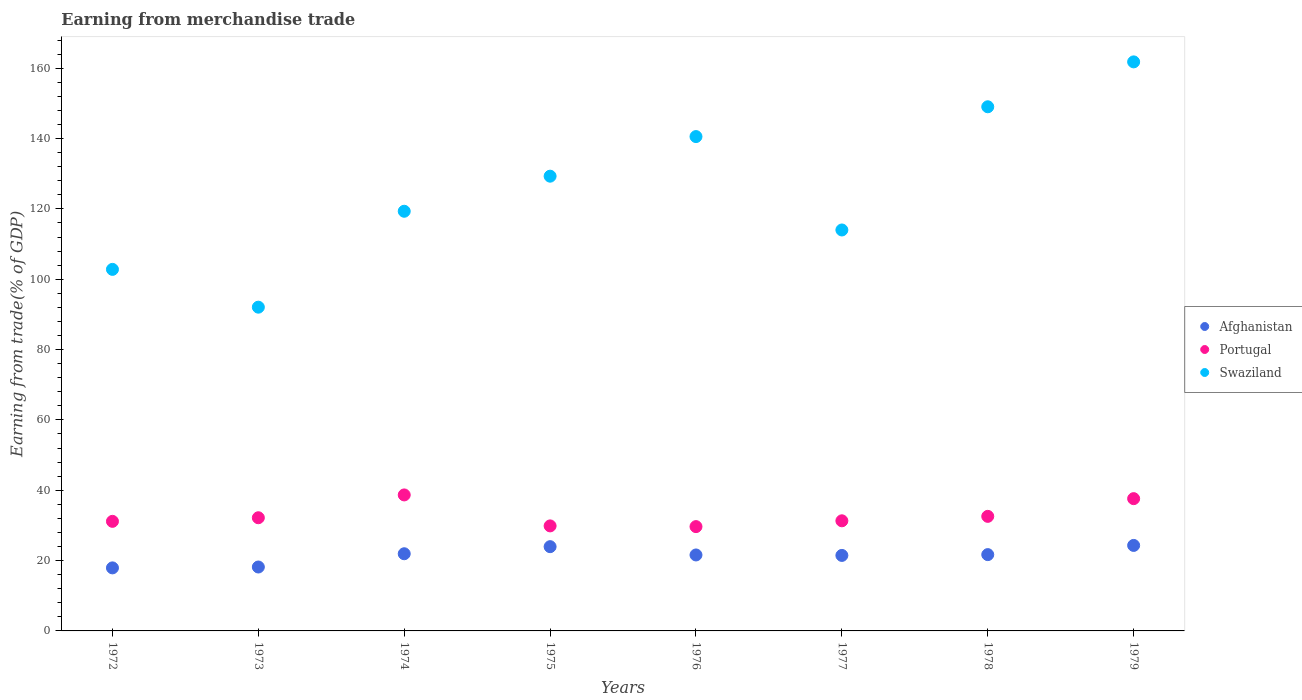
| Years | Afghanistan | Portugal | Swaziland |
 | --- | --- | --- | --- |
 | 1972 | 17.9 | 31.2 | 103 |
 | 1973 | 18.2 | 32.2 | 92.1 |
 | 1974 | 21.9 | 38.7 | 119 |
 | 1975 | 24 | 29.9 | 129 |
 | 1976 | 21.6 | 29.7 | 141 |
 | 1977 | 21.5 | 31.3 | 114 |
 | 1978 | 21.7 | 32.6 | 149 |
 | 1979 | 24.3 | 37.6 | 162 |